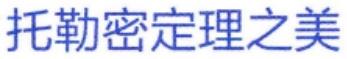
托勒密定理之美